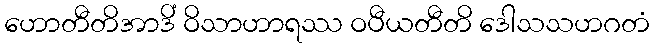
ဟောတီတိအာဒိံ ဝိသာဟာရဿ ဝပီယတီတိ ဒေါသသဟဂတံ